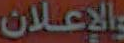
والإعلان